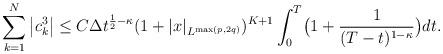
LaTeX: \begin{align*}\sum_{k=1}^{N}\big|c_{k}^3\big|\le C\Delta t^{\frac12-\kappa}(1+|x|_{L^{\max(p,2q)}})^{K+1}\int_{0}^{T}\bigl(1+\frac{1}{(T-t)^{1-\kappa}}\bigr)dt.\end{align*}